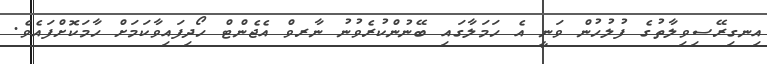
އިނގިރޭސިވިލާތުގެ ފުލުހުން ވަނީ އެ ހަމަލާގައި ބޭނުންކުރެވުނު ނާރވް އެޖެންޓް ހޯދިފައިވާކަމަށް ހާމަކޮށްފައެވެ.